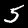
Digit: 5